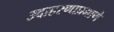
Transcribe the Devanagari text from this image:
उदाहरणाप्रमाणे